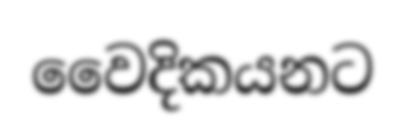
වෛදිකයනට